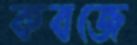
কবজে